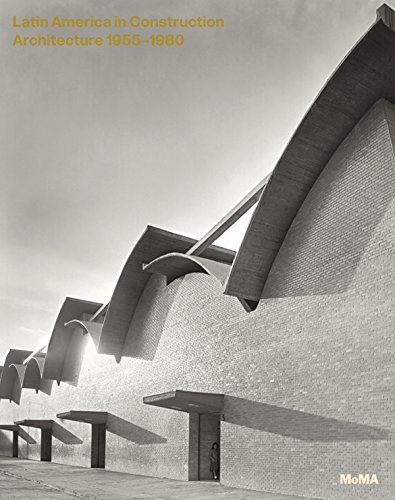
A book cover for Latin America in Construction: Architecture 1955-1980; Arts & Photography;